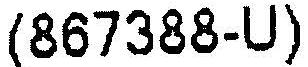
(867388-U)